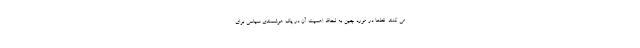
می کنند. قطعا در مورد چین به لحاظ اهمیت آن در یک هوشمندی سیاسی برای